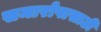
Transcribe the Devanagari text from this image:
समारोपासाठी